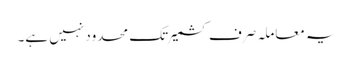
یہ معاملہ صرف کشمیر تک محدود نہیں ہے۔